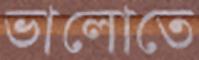
ভালোতে